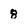
Character: 8